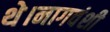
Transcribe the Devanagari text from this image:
थे।नागवंशी